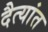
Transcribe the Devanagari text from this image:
दैत्यांत